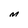
Character: M